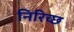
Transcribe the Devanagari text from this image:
निरिच्छ